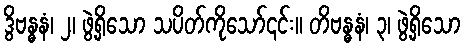
ဒွိဗန္ဓနံ၊ ၂၊ ဖွဲ့ရှိသော သပိတ်ကိုသော်၎င်း။ တိဗန္ဓနံ၊ ၃၊ ဖွဲ့ရှိသော